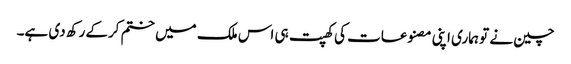
چین نے تو ہماری اپنی مصنوعات کی کھپت ہی اس ملک میں ختم کرکے رکھ دی ہے۔